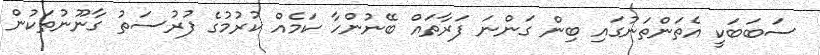
ސަބަބަކީ އެތަންތަނުގައި ބިން ގަންނަ ފަރާތައް ބޭނުންހާ ކަމެއް ކުރުމުގެ ފުރުސަތު ގާނޫނުތަކުން